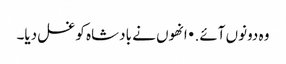
وہ دونوں آئے. • انھوں نے بادشاہ کو غسل دیا۔